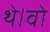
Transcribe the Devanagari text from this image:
थे।वो